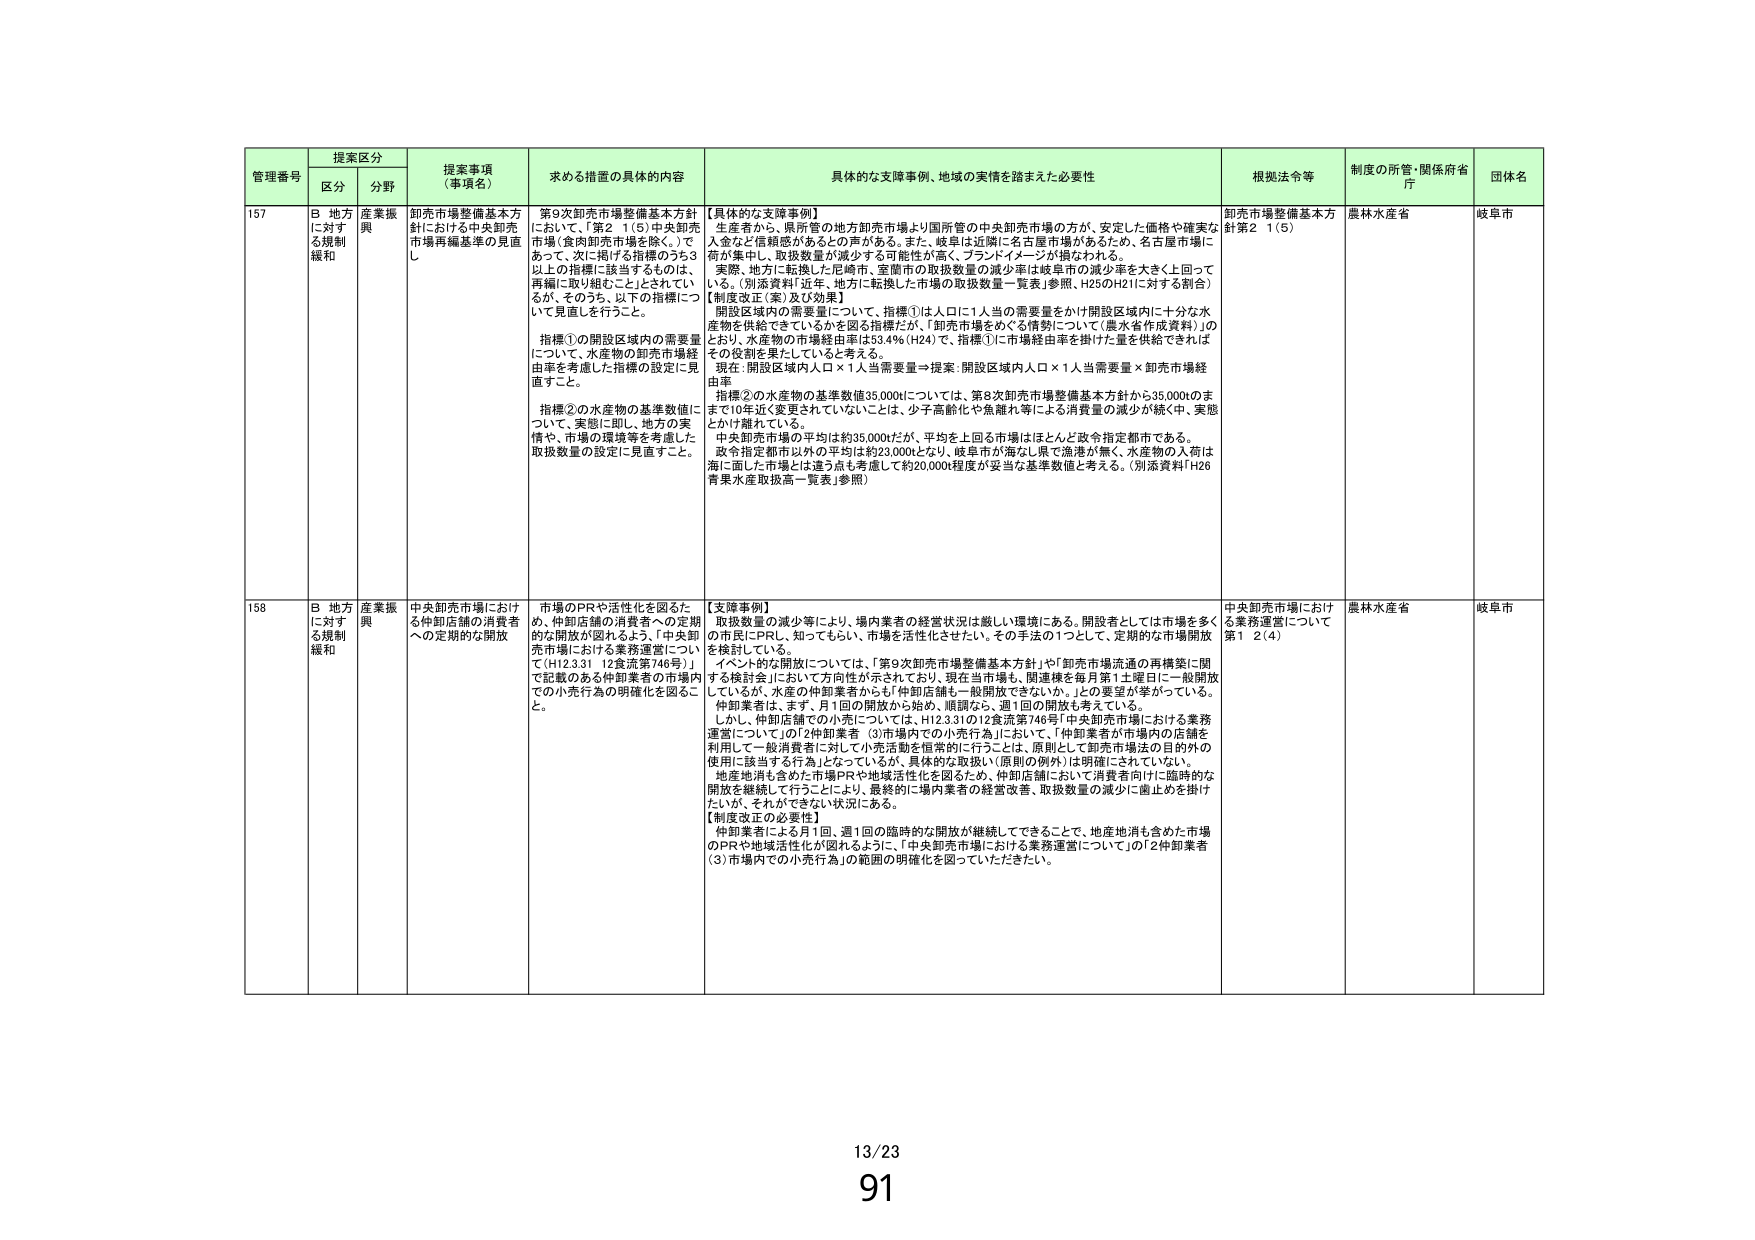
管理番号 提案区分 提案事項（事項名） 求める措置の具体的内容 具体的な支援事例、地域の実情を踏まえた必要性 根拠法令等 制度の所管・関係府省庁 団体名
区分 分野
157 B 地方に対する規制緩和 産業振興 卸売市場整備基本方針における中央卸売市場再編基準の見直し 第9次卸売市場整備基本方針において、「第2 1(5)中央卸売市場（食肉卸売市場を除く。）であって、次に掲げる指標のうち3以上の指標に該当するものは、再編に取り組むこと」とされてい るが、そのうち、以下の指標につ いて見直しを行うこと。
指標①の開設区域内の需要量 について、水産物の卸売市場経 由率を考慮した指標の設定に見 直すこと。
指標②の水産物の基準数値に ついて、実態に即し、地方の実 情や、市場の環境等を考慮した 取扱数量の設定に見直すこと。 【具体的な支援事例】 生産者から、県所管の地方卸売市場より国所管の中央卸売市場の方が、安定した価格や確実な 入金など信頼感があるとの声がある。また、岐阜は近隣に名古屋市場があるため、名古屋市場に 荷が集中し、取扱数量が減少する可能性が高く、ブランドイメージが損なわれる。
実際、地方に転換した尼崎市、室蘭市の取扱数量の減少率は岐阜市の減少率を大きく上回って いる。（別添資料「近年、地方に転換した市場の取扱数量一覧表」参照、H23のH21に対する割合）
【制度改正（案）及び効果】 開設区域内の需要量について、指標①は人口に1人当の需要量をかけ開設区域内に十分な水 産物を供給できているかを図る指標だが、「卸売市場をめぐる情勢について（農水省作成資料）」の とおり、水産物の市場経由率は53.4％（H24）で、指標①に市場経由率を掛けた量を供給できれば その役割を果たしていると考える。
現在：開設区域内人口×1人当需要量→提案：開設区域内人口×1人当需要量×卸売市場経 由率
指標②の水産物の基準数値35,000については、第8次卸売市場整備基本方針から35,000のま まで10年近く変更されていないことは、少子高齢化や魚離れ等による消費量の減少が続く中、実態 とかけ離れている。
中央卸売市場の平均は約35,000だが、平均を上回る市場はほとんど政令指定都市である。 政令指定都市以外の平均は約23,000となり、岐阜市が海なし県で漁港が無く、水産物の人荷は 海に面した市場とは違う点も考慮して約20,000程度が妥当な基準数値と考える。（別添資料「H26 青果水産取扱高一覧表」参照） 卸売市場整備基本方針第2 1(5) 農林水産省 岐阜市
158 B 地方に対する規制緩和 産業振興 中央卸売市場における仲卸店舗の消費者への定期的な開放 市場のPRや活性化を図るた め、仲卸店舗の消費者への定期 的な開放が図れるよう、「中央卸 売市場における業務運営につい て（H12.3.31 12食流第746号）」 で記載のある仲卸業者の市場内 での小売行為の明確化を図るこ と。 【支援事例】 取扱数量の減少等により、場内業者の経営状況は厳しい環境にある。開設者としては市場を多く の市民にPRし、知ってもらい、市場を活性化させたい。その手法の1つとして、定期的な市場開放 を検討している。
イベント的な開放については、「第9次卸売市場整備基本方針」や「卸売市場流通の再構築に関 する検討会」において方向性が示されており、現在当市場も、関連棟を毎月第1土曜日に一般開放 しているが、水産の仲卸業者からも「仲卸店舗も一般開放できないか。」との要望が挙がっている。 仲卸業者は、まず、月1回の開放から始め、順調なら、週1回の開放も考えている。
しかし、仲卸店舗での小売については、H12.3.31の12食流第746号「中央卸売市場における業務 運営について」の「2仲卸業者 (3)市場内での小売行為」において、「仲卸業者が市場内の店舗を 利用して一般消費者に対して小売活動を恒常的に行うことは、原則として卸売市場法の目的の 俊用に該当する行為となっているが、具体的な取扱い（原則の例外）は明確にされていない。 地産地消も含めた市場PRや地域活性化を図るため、仲卸店舗において消費者向けに臨時的な 開放を継続して行うことにより、最終的に場内業者の経営改善、取扱数量の減少に歯止めを掛け たいが、それができない状況にある。
【制度改正の必要性】 仲卸業者による月1回、週1回の臨時的な開放が継続してできることで、地産地消も含めた市場 のPRや地域活性化が図れるように、「中央卸売市場における業務運営について」の「2仲卸業者 (3)市場内での小売行為」の範囲の明確化を図っていただきたい。 中央卸売市場における業務運営について 第1 2(4) 農林水産省 岐阜市
13/23
91